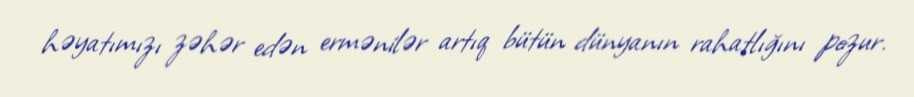
həyatımızı zəhər edən ermənilər artıq bütün dünyanın rahatlığını pozur.